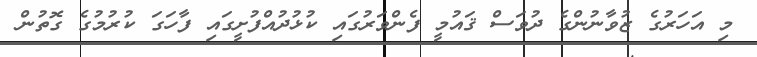
މި އަހަރުގެ ޒުވާނުންގެ ދުވަސް ޤައުމީ ފެންވަރުގައި ކުޅުދުއްފުށީގައި ފާހަގަ ކުރުމުގެ ގޮތުން